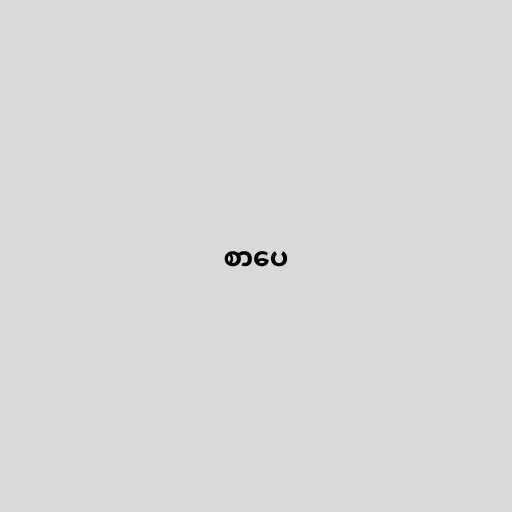
စာပေ